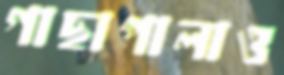
গাছাপালাও